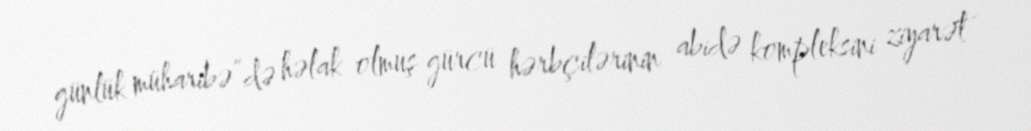
günlük müharibə”də həlak olmuş gürcü hərbçilərinin abidə kompleksini ziyarət